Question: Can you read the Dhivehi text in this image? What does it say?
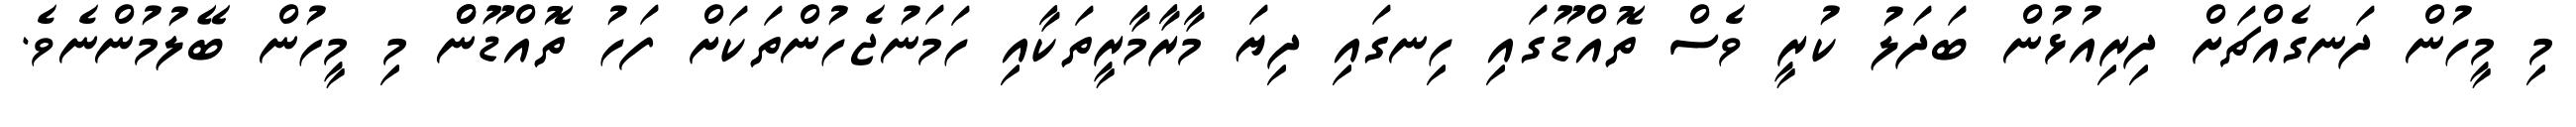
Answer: މި މީހުން ދަނގެއްޗަށް ދިރިއުޅުން ބަދަލު ކުރީ ވެސް ތޮއްޑޫގައި ހިނގައި ދިޔަ މާރާމާރީތަކާއި ހަމަނުޖެހުންތަކަށް ފަހު ތޮއްޑޫންް މި މީހުން ބޭލުމުންނެވެ.